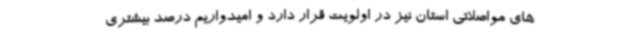
های مواصلاتی استان نیز در اولویت قرار دارد و امیدواریم درصد بیشتری